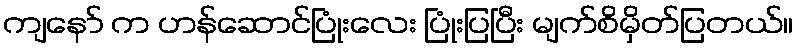
ကျနော် က ဟန်ဆောင်ပြုံးလေး ပြုံးပြပြီး မျက်စိမှိတ်ပြတယ်။